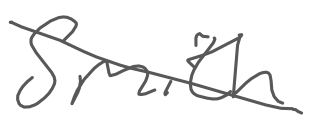
Text: Smith
Cross-out: mix
Writing tool: digital_gray